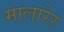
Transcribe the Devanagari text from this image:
मालारेर